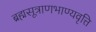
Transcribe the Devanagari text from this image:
ब्रह्मसूत्राणभाण्यवृत्ति